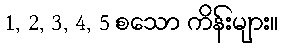
1, 2, 3, 4, 5 စသော ကိန်းများ။